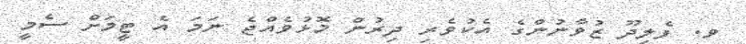
ވ. ފެލިދޫ ޒުވާނުންގެ އެކުވެރި ދިރުން މޮޅުވެއްޖެ ނަމަ އެ ޓީމަށް ސެމީ